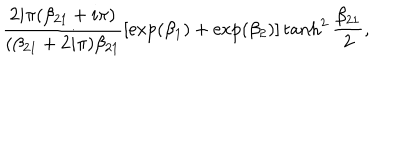
{ \frac { 2 i \pi ( \beta _ { 2 1 } + i \pi ) } { ( \beta _ { 2 1 } + 2 i \pi ) \beta _ { 2 1 } } } [ \exp ( \beta _ { 1 } ) + \exp ( \beta _ { 2 } ) ] \tanh ^ { 2 } { \frac { \beta _ { 2 1 } } { 2 } } ,